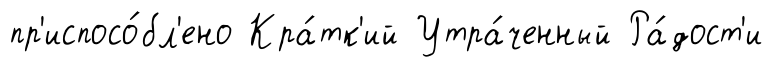
пр'испосо́бл'ено Кра́тк'ий Утра́ченный Ра́дост'и